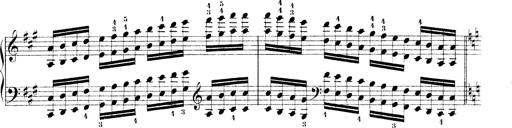
Title: Technische Studien
Composer: Franz Liszt